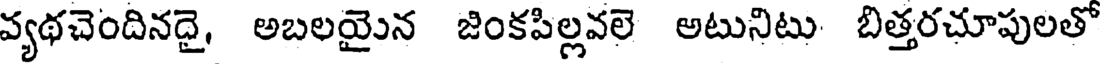
వ్యథచెందినదై, అబలయైన జింకపిల్లవలె అటునిటు బిత్తరచూపులతో